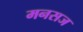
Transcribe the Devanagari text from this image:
मनसज